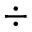
\div